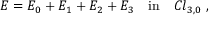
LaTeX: E = E _ { 0 } + E _ { 1 } + E _ { 2 } + E _ { 3 } ~ ~ ~ \mathrm { i n } ~ ~ ~ C l _ { 3 , 0 } ~ ,